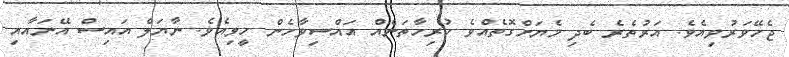
ޖެހޭވަރުވިއެވެ. އަރުތެރެ ބެދި މެޔަށްގޮތެއްވެ ހުރިހާތަނެއް އައްސިވާހެން ހީވިއެވެ. ނާޔަލް އައިސް އޭނައާއި